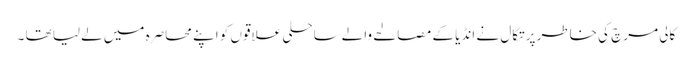
کالی مرچ کی خاطر پرتگال نے انڈیا کے مصالحے والےساحلی علاقوں کو اپنے محاصرہ میں لےلیا تھا ۔